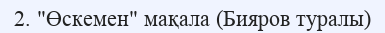
2. "Өскемен" мақала (Бияров туралы)